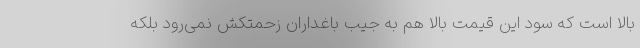
بالا است که سود این قیمت بالا هم به جیب باغداران زحمتکش نمی‌رود بلکه